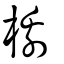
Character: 櫋